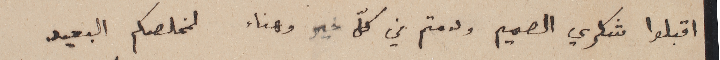
اقبلوا شكري الصميم ودمتم في كلّ خير وهناء لمخلصكم البعيد